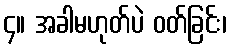
၄။ အခါမဟုတ်ပဲ ဝတ်ခြင်း၊